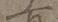
一